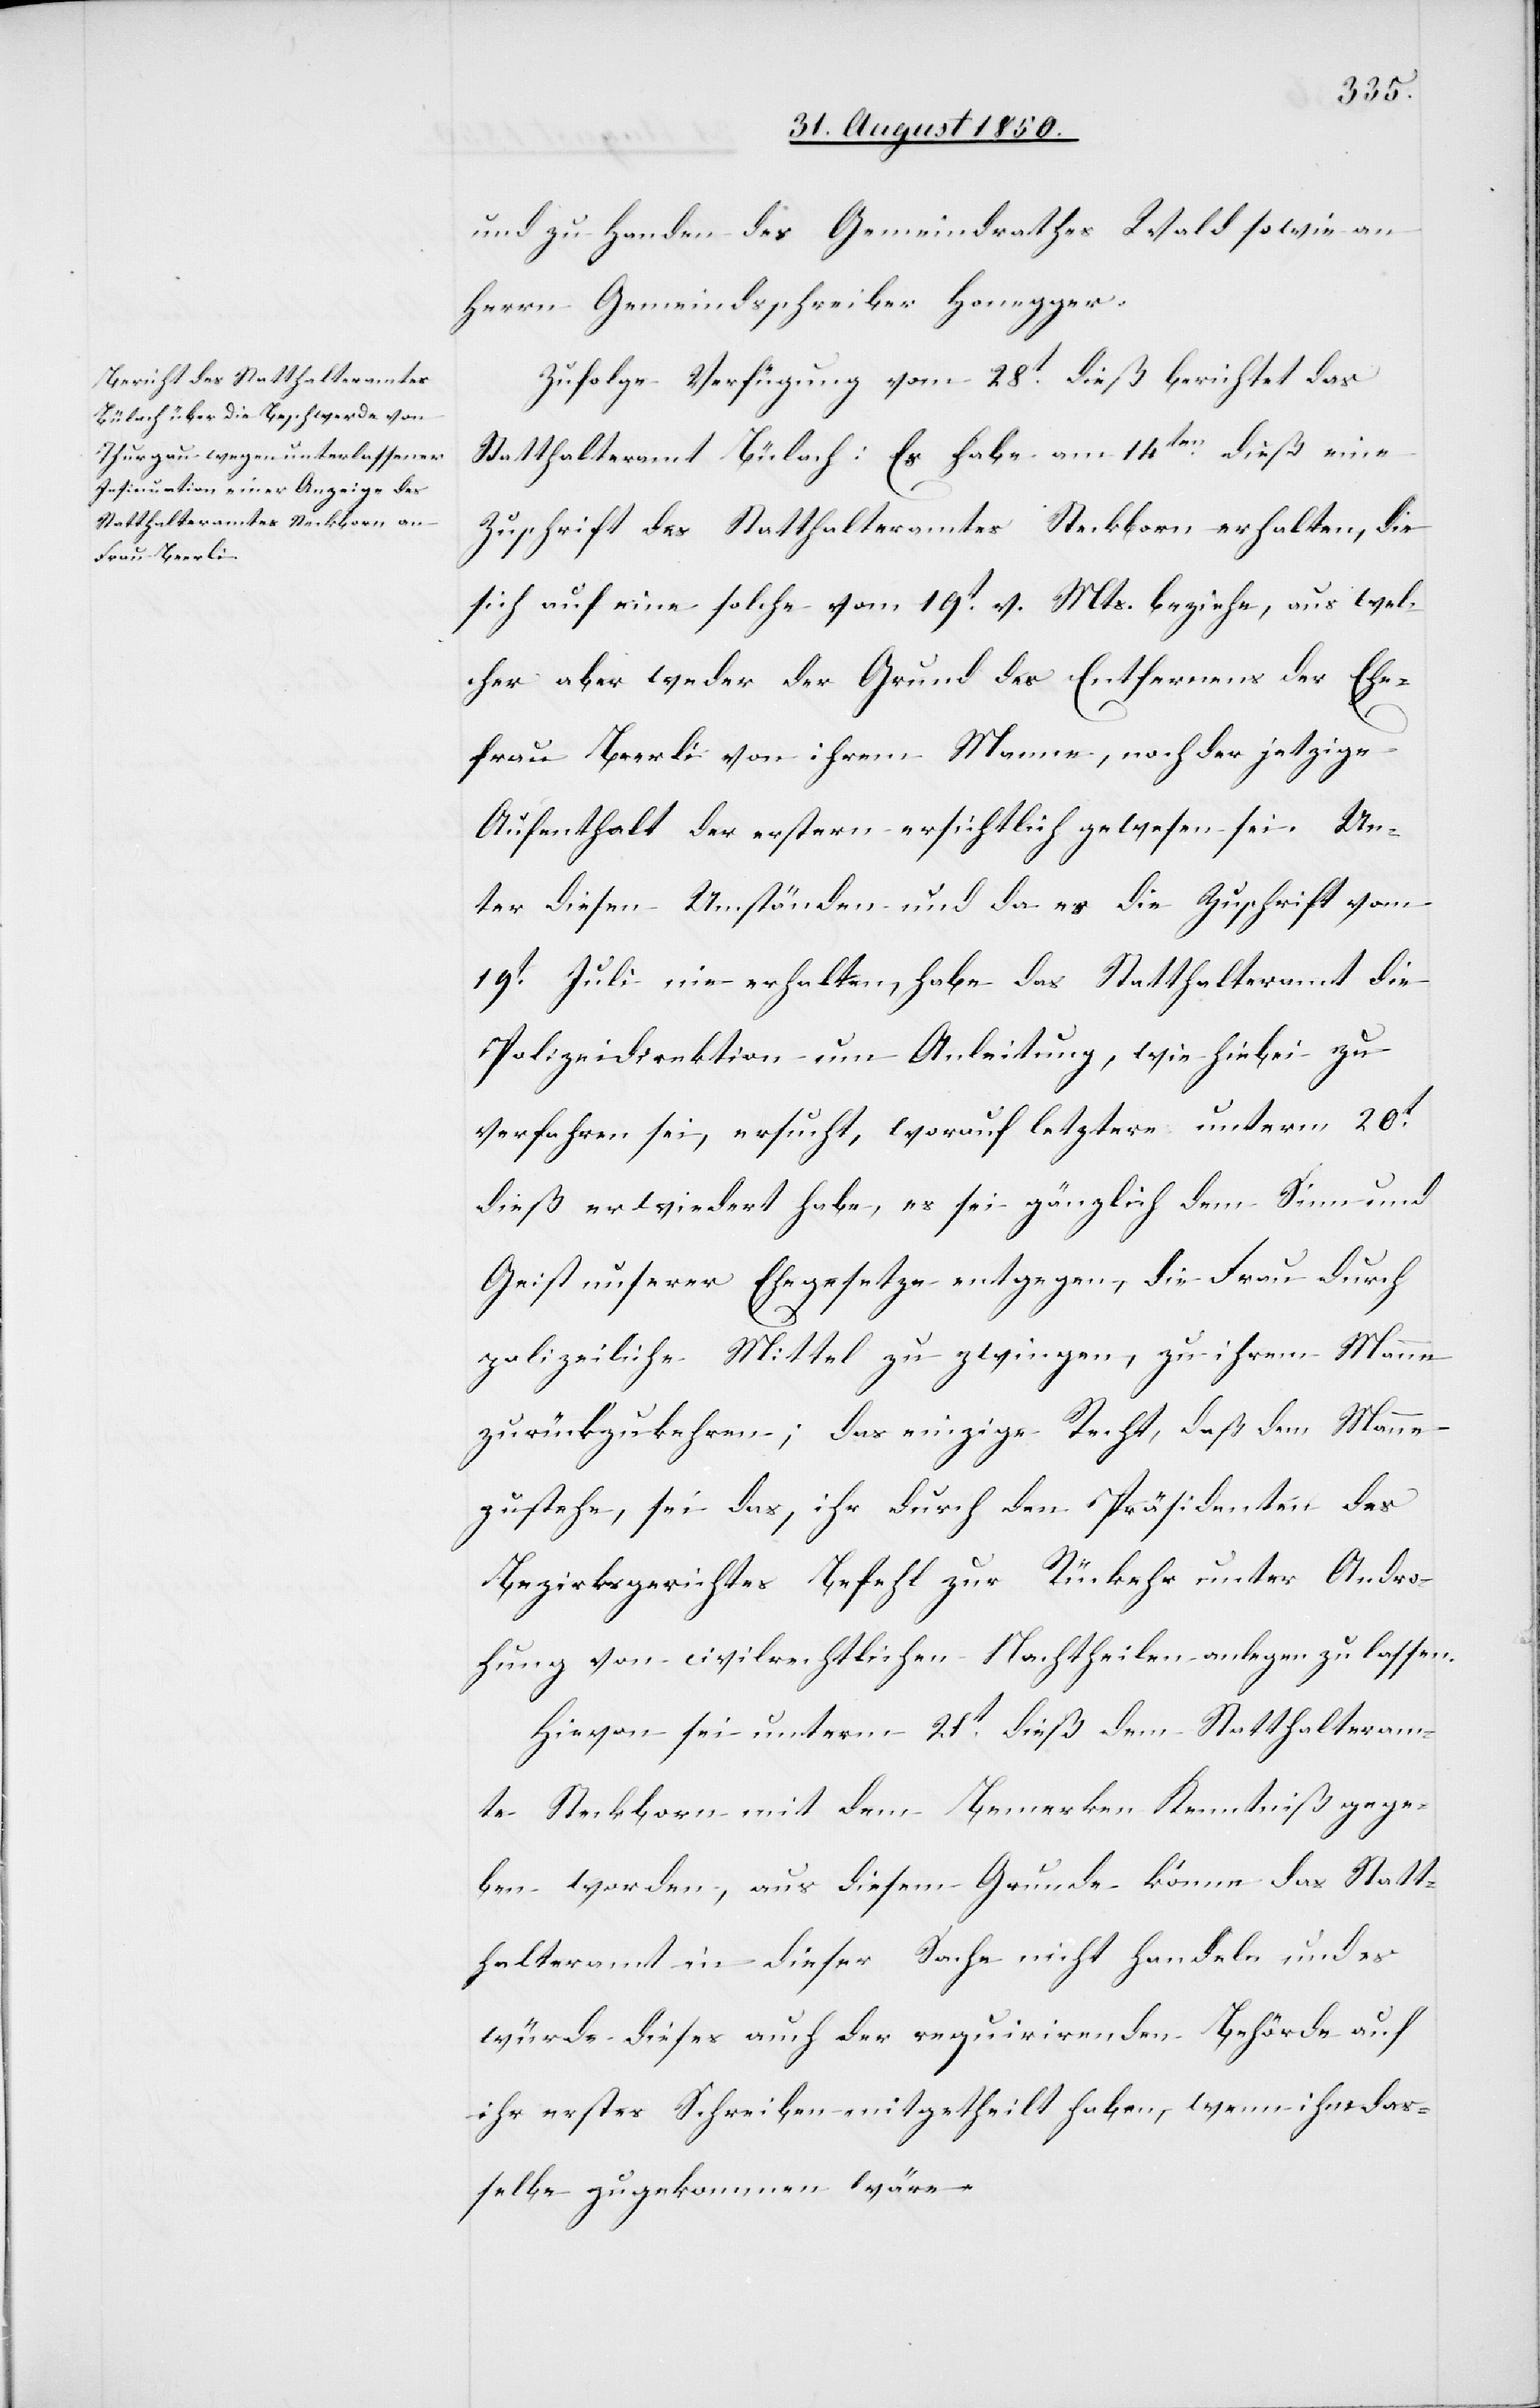
und zu Handen des Gemeindrathes Wald sowie an
Herrn Gemeindsschreiber Honegger.
Zufolge Verfügung vom 28t dieß berichtet das
Statthalteramt Bülach: Es habe am 14ten dieß eine
Zuschrift des Statthalteramtes Steckborn erhalten, die
sich auf eine solche vom 19t v. Mts. beziehe, aus wel¬
cher aber weder der Grund des Entfernens der Ehe¬
frau Beerli von ihrem Manne, noch der jetzige
Aufenthalt der erstern ersichtlich gewesen sei. Un¬
ter diesen Umständen und da es die Zuschrift vom
19t Juli nie erhalten, habe das Statthalteramt die
Polizeidirektion um Anleitung, wie hiebei zu
verfahren sei, ersucht, worauf letztere unterm 20t
dieß erwiedert habe, es sei gänzlich dem Sinn und
Geist unserer Ehegesetze entgegen, die Frau durch
polizeiliche Mittel zu zwingen, zu ihrem Manne
zurückzukehren; das einzige Recht, daß dem Manne
zustehe, sei das, ihr durch den Präsidenten des
Bezirksgerichtes Befehl zur Rückehr unter Andro¬
hung von civilrechtlichen Nachtheilen anlegen zu lassen.
Hievon sei unterm 21t dieß dem Statthalteram¬
te Steckborn mit dem Bemerken Kenntniß gege¬
ben worden, aus diesem Grunde könne das Statt¬
halteramt in dieser Sache nicht handeln und es
würde dieses auch der requirirenden Behörde auf
ihr erstes Schreiben mitgetheilt haben, wenn ihm das¬
selbe zugekommen wäre.